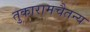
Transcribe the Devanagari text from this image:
तुकारामचैतन्य